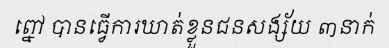
ព្នៅ បានធ្វើការឃាត់ខ្លួនជនសង្ស័យ ៣នាក់